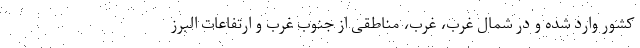
کشور وارد شده و در شمال غرب، غرب، مناطقی از جنوب غرب و ارتفاعات البرز